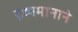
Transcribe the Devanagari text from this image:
द्रव्यमानाने